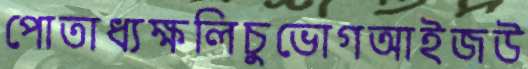
পোতাধ্যক্ষলিচুভোগআইজউ